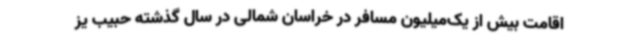
اقامت بیش از یک‌میلیون مسافر در خراسان شمالی در سال گذشته حبیب یز